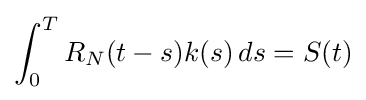
\int _{0}^{T}R_{N}(t-s)k(s)\,ds=S(t)